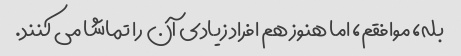
بله، موافقم، اما هنوز هم افراد زیادی آن را تماشا می کنند.